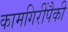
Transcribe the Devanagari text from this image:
कामगिरींपैकी